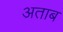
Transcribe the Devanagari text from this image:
अताब